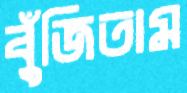
বুঁজিতাম